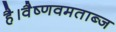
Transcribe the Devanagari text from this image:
है।वैष्णवमताब्ज